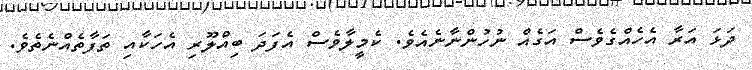
ދަޅަ އަރާ އެހެއްގެވެސް އަގެއް ނުހުންނާނެއެވެ. ކެމީލާވެސް އެފަދަ ބިއްލޫރި އެހަކާއި ތަފާތެއްނެތެވެ.